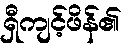
ရှီကျင့်ဖိန်၏